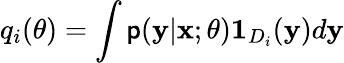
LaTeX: q_{i}(\theta)=\int\mathsf{p}(\mathbf{{y}}\vert\mathbf{{x}};\theta)\mathbf{{1}}_{D_{i}}(\mathbf{{y}})d\mathbf{{y}}